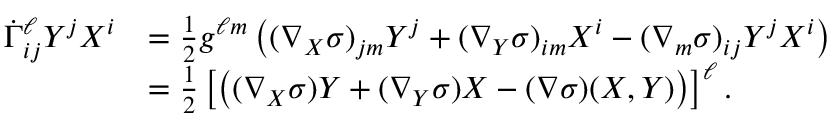
\begin{array} { r l } { \dot { \Gamma } _ { i j } ^ { \ell } Y ^ { j } X ^ { i } } & { = \frac { 1 } { 2 } g ^ { \ell m } \left( ( \nabla _ { X } \sigma ) _ { j m } Y ^ { j } + ( \nabla _ { Y } \sigma ) _ { i m } X ^ { i } - ( \nabla _ { m } \sigma ) _ { i j } Y ^ { j } X ^ { i } \right) } \\ & { = \frac { 1 } { 2 } \left[ \left( ( \nabla _ { X } \sigma ) Y + ( \nabla _ { Y } \sigma ) X - ( \nabla \sigma ) ( X , Y ) \right) \right] ^ { \ell } . } \end{array}